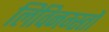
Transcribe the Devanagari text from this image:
लिविनग्स्तों